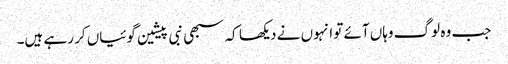
جب وہ لوگ وہاں آئے تو انہوں نے دیکھا کہ سبھی نبی پیشین گوئیاں کر رہے ہیں۔